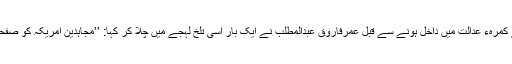
عدالتی کارروائی کے آغاز کے لیے جج کے کمرہء عدالت میں داخل ہونے سے قبل عمرفاروق عبدالمطلب نے ایک بار اسی تلخ لہجے میں چلا کر کہا: ’’مجاہدین امریکہ کو صفحہ ہستی سے مٹا دیں گے، کینسر امریکہ کو۔